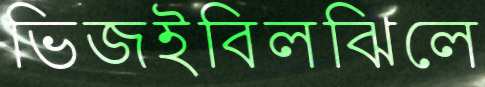
ভিজইবিলঝিলে